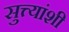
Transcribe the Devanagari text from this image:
सुत्त्यांशी